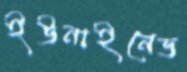
ইউনাইনেড